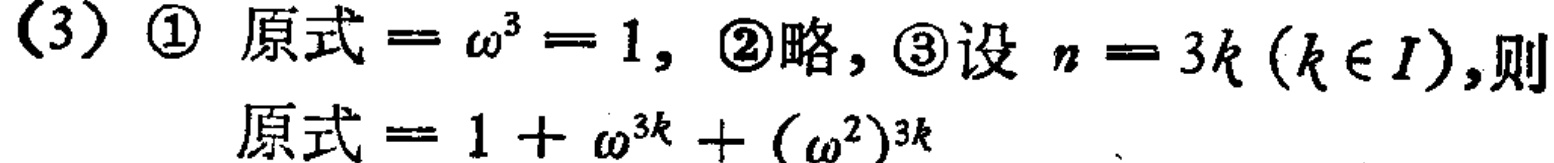
(3) \textcircled{1} 原式$=\omega^{3}=1$, \textcircled{2}略, \textcircled{3}设$n = 3k(k\in I)$,则

原式$=1+\omega^{3k}+(\omega^{2})^{3k}$